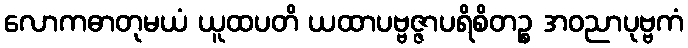
လောကဓာတုမယံ ယူထပတိ ယထာပဗ္ဗဇ္ဇာပရိစိတဉ္စ အဝညာပုဗ္ဗကံ